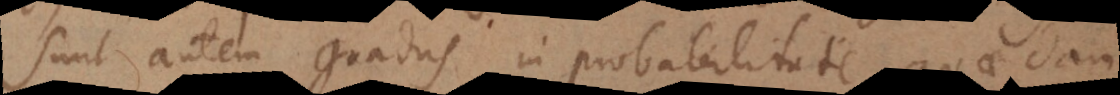
Sunt autem gradus in probabilitate, quaedam